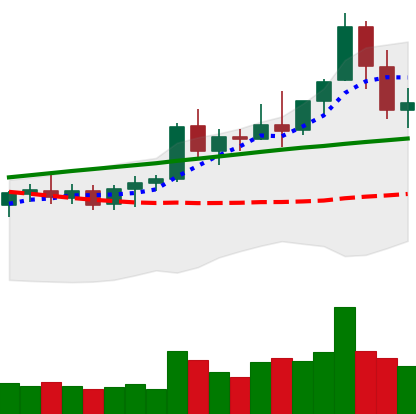
Ticker: ETC-USD
Chart end date: 2021-08-18
Forward return: 6.534%
Label: up_5_7